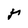
Character: r